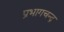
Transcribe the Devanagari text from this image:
प्रभागचन्द्र